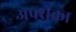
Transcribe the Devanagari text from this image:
अफ्ऱीका